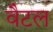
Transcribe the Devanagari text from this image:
वैटल